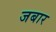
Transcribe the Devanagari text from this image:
जबार